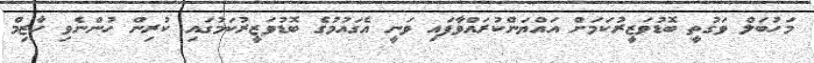
މަހުބަލް ވަގުތީ ބޮޑުވަޒީރުކަމަށް އައްޔަންކުރައްވާފައި ވަނީ އެގައުމުގެ ބޮޑުވަޒީރުކަމުގައި ކުރިން ހުންނެވި ހާޒިމް